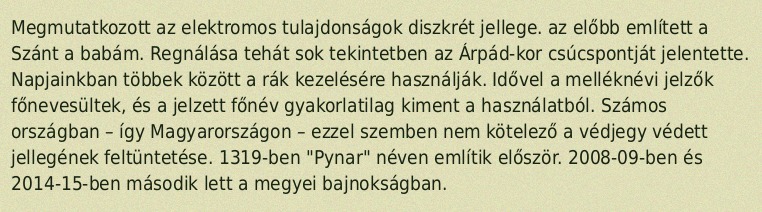
Megmutatkozott az elektromos tulajdonságok diszkrét jellege. az előbb említett a Szánt a babám. Regnálása tehát sok tekintetben az Árpád-kor csúcspontját jelentette. Napjainkban többek között a rák kezelésére használják. Idővel a melléknévi jelzők főnevesültek, és a jelzett főnév gyakorlatilag kiment a használatból. Számos országban – így Magyarországon – ezzel szemben nem kötelező a védjegy védett jellegének feltüntetése. 1319-ben "Pynar" néven említik először. 2008-09-ben és 2014-15-ben második lett a megyei bajnokságban.